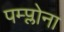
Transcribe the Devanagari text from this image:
पम्प्लोना